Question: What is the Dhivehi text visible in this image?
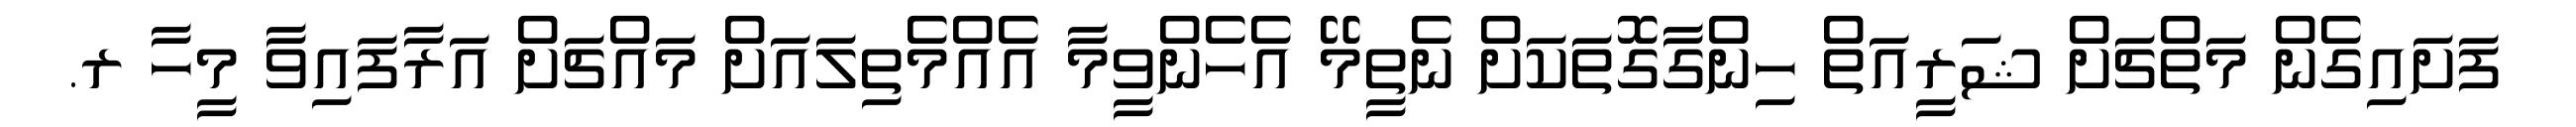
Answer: ފަށައިގެން މަތްޗަށް ޝަރީއަތް ހިންގާގޮތަކަށް ނެތީމޭ އެހެންވީމާ އެއްމެތިލައަށް މައްޗަށް އަރާފައިވާ މީހާ ރ.